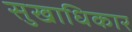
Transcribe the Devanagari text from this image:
सुखाधिकार